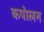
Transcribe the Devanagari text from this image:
कपोलन